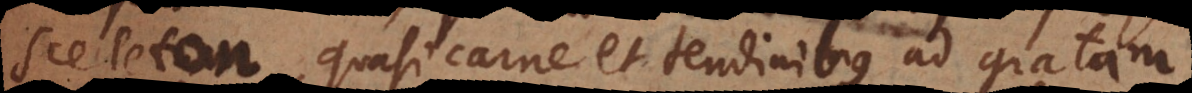
sceleton, quasi carne et tendinibus ad gratam